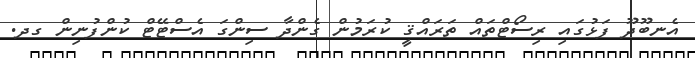
އެނބޫދޫ ފަޅުގައި ރިސޯޓްތައް ތަރައްޤީ ކުރަމުން ގެންދާ ސިންގަ އެސްޓޭޓް ކުންފުނިން ގދ.